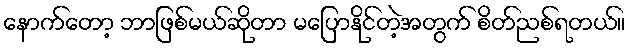
နောက်တော့ ဘာဖြစ်မယ်ဆိုတာ မပြောနိုင်တဲ့အတွက် စိတ်ညစ်ရတယ်။